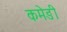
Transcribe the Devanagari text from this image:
कमेङी